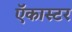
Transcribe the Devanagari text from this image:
ऍकास्टर